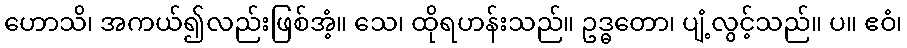
ဟောသိ၊ အကယ်၍လည်းဖြစ်အံ့။ သေ၊ ထိုရဟန်းသည်။ ဥဒ္ဓတော၊ ပျံ့လွင့်သည်။ ပ။ ဧဝံ၊